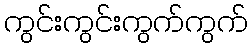
ကွင်းကွင်းကွက်ကွက်